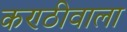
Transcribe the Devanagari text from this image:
कण्ठीवाला